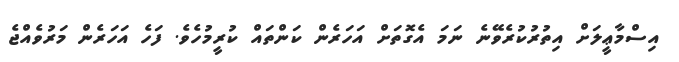
އިސްމާޢީލަށް އިތުރުކުރެވޭނެ ނަމަ އެގޮތަށް އަހަރެން ކަންތައް ކުރީމުހެވެ. ފަހެ އަހަރެން މަރުވެއްޖެ